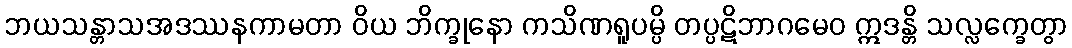
ဘယသန္တာသအဒဿနကာမတာ ဝိယ ဘိက္ခုနော ကသိဏရူပမ္ပိ တပ္ပဋိဘာဂမေဝ ဣဒန္တိ သလ္လက္ခေတွာ